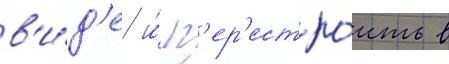
в'и́д'е и́ п'ер'естро́ить в